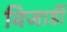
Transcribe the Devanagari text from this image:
विजार्डी